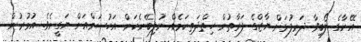
އޭނާގެ ލޯބިވާ ދަރިފުޅަށް ޔާޒްގެ ފަރާތުން ހިތްދަތިކަމެއް ނުލިބޭނެކަން އަހުސަމްއަށް ޔަގީނެވެ. އުމުރުން